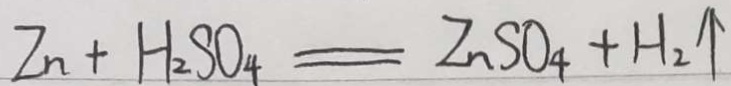
Z n + H _ { 2 } S O _ { 4 } = Z n S O _ { 4 } + H _ { 2 } \uparrow